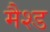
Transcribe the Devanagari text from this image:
मैश्ड